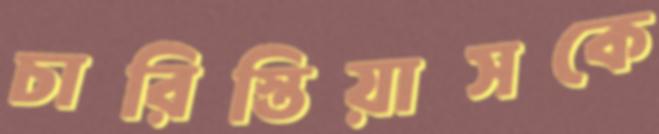
চারিস্তিয়াসকে